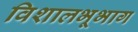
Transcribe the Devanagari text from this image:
विशालभूभाग